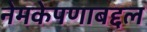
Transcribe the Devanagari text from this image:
नेमकेपणाबद्दल